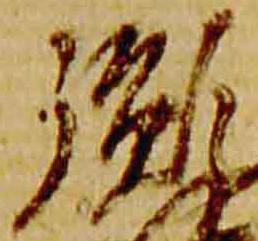
胤